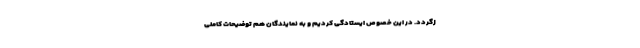
زگردد. در این خصوص ایستادگی کردیم و به نمایندگان هم توضیحات کاملی